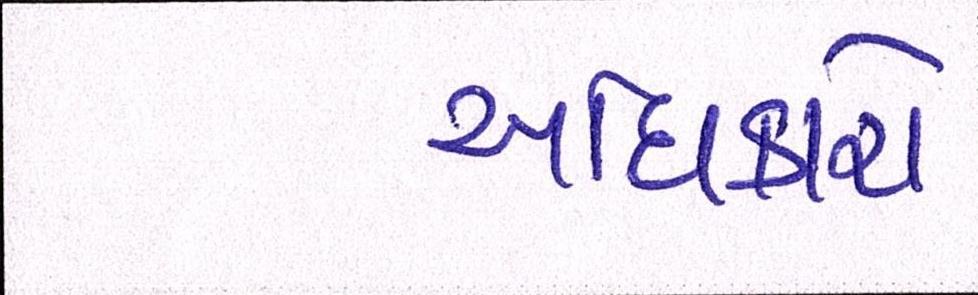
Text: અધિકારો